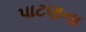
પાટણના